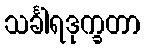
သင်္ခါရဒုက္ခတာ